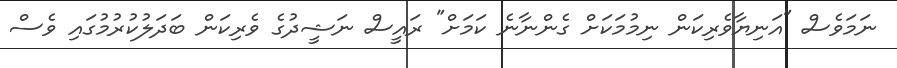
ނަމަވެސް "އަނިޔާވެރިކަން ނިމުމަކަށް ގެންނާނެ ކަމަށް" ރައީސް ނަޝީދުގެ ވެރިކަން ބަދަލުކުރުމުގައި ވެސް